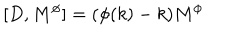
LaTeX: \lbrack D , M ^ { \phi } ] = ( \phi ( k ) - k ) M ^ { \phi }